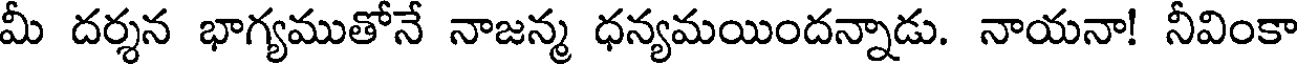
మీ దర్శన భాగ్యముతోనే నాజన్మ ధన్యమయిందన్నాడు. నాయనా! నీవింకా